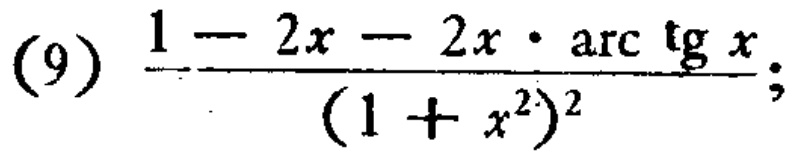
\(\frac{1 - 2x - 2x\cdot\mathrm{arc}\,\mathrm{tg}\,x}{(1 + x^{2})^{2}}\)